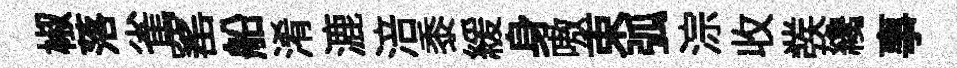
椒落雀窰船淆漉涪黍緩身嗷束弧淙收彂纔事